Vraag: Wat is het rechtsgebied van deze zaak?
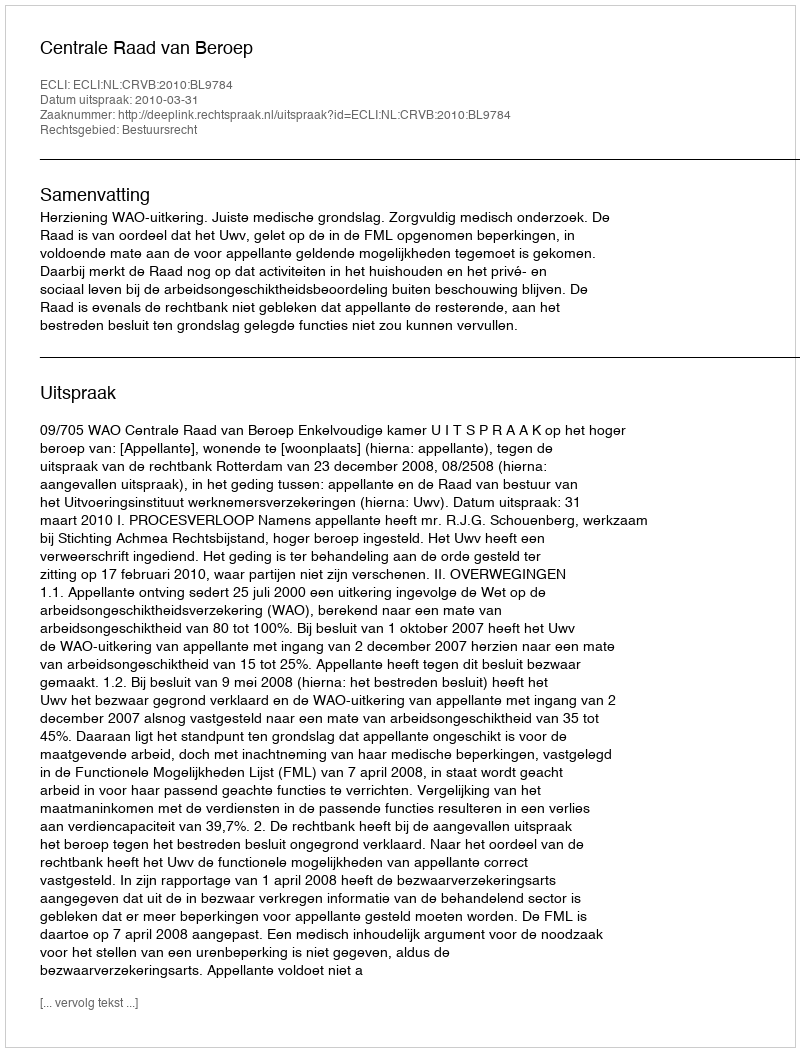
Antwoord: Bestuursrecht